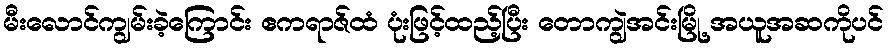
မီးလောင်ကျွမ်းခဲ့ကြောင်း ဧကရာဇ်ထံ ပုံးဖြင့်ထည့်ပြီး တောကျွဲအင်းမြို့ အယူအဆကိုပင်